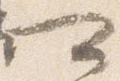
可